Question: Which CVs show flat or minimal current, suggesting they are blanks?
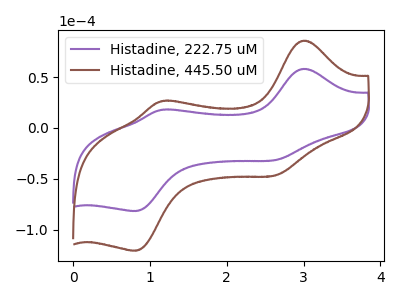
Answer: <think>The purple curve "Histadine, 222.75 uM" has anodic peaks at (3.00V, 58.05uA) (1.15V, 17.80uA) and cathodic peaks at (2.60V, -31.60uA) (0.80V, -81.55uA). The brown curve "Histadine, 445.50 uM" has anodic peaks at (3.00V, 85.75uA) (1.15V, 26.30uA) and cathodic peaks at (2.60V, -46.70uA) (0.80V, -120.45uA).</think>
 <answer>There are not any CV's on this graph that are likely to be blanks.</answer>
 <eval>none</eval>